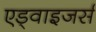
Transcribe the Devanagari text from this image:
एड्वाइजर्स